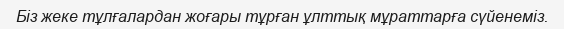
Бiз жеке тұлғалардан жоғары тұрған ұлттық мұраттарға сүйенемiз.